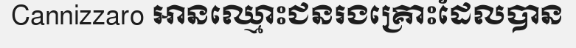
Cannizzaro អានឈ្មោះជនរងគ្រោះដែលបាន